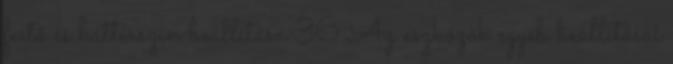
festő és háttérszín beállítása 36 Az eszközök egyéb beállításai